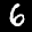
Label: 6